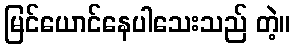
မြင်ယောင်နေပါသေးသည် တဲ့။